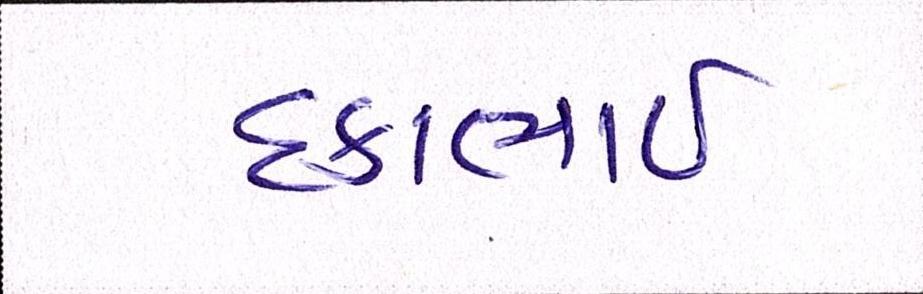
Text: દકાભાઈ